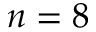
n = 8